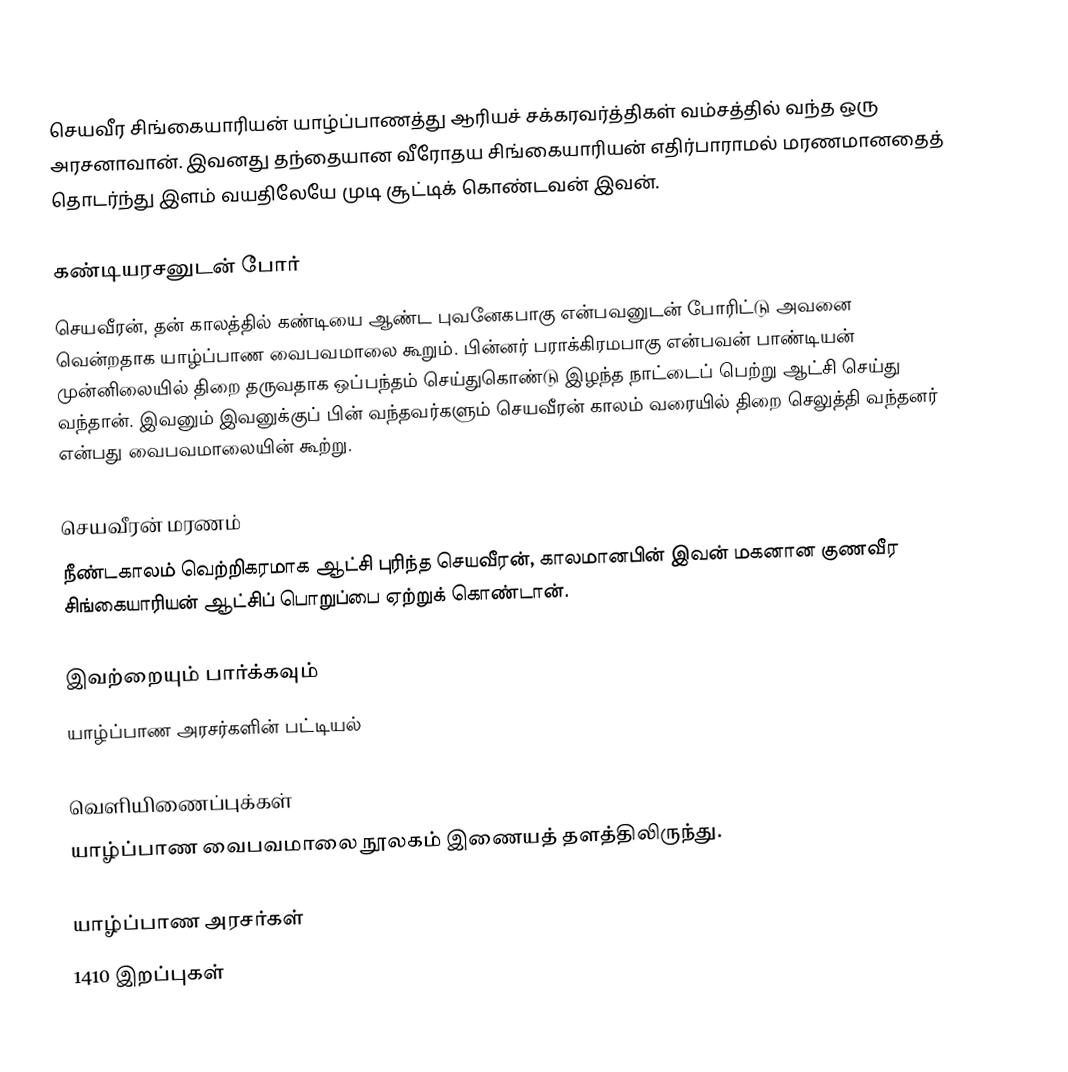
செயவீர சிங்கையாரியன் யாழ்ப்பாணத்து ஆரியச் சக்கரவர்த்திகள் வம்சத்தில் வந்த ஒரு அரசனாவான். இவனது தந்தையான வீரோதய சிங்கையாரியன் எதிர்பாராமல் மரணமானதைத் தொடர்ந்து இளம் வயதிலேயே முடி சூட்டிக் கொண்டவன் இவன்.

கண்டியரசனுடன் போர்
செயவீரன், தன் காலத்தில் கண்டியை ஆண்ட புவனேகபாகு என்பவனுடன் போரிட்டு அவனை வென்றதாக யாழ்ப்பாண வைபவமாலை கூறும். பின்னர் பராக்கிரமபாகு என்பவன் பாண்டியன் முன்னிலையில் திறை தருவதாக ஒப்பந்தம் செய்துகொண்டு இழந்த நாட்டைப் பெற்று ஆட்சி செய்து வந்தான். இவனும் இவனுக்குப் பின் வந்தவர்களும் செயவீரன் காலம் வரையில் திறை செலுத்தி வந்தனர் என்பது வைபவமாலையின் கூற்று.

செயவீரன் மரணம்
நீண்டகாலம் வெற்றிகரமாக ஆட்சி புரிந்த செயவீரன், காலமானபின் இவன் மகனான குணவீர சிங்கையாரியன் ஆட்சிப் பொறுப்பை ஏற்றுக் கொண்டான்.

இவற்றையும் பார்க்கவும்
 யாழ்ப்பாண அரசர்களின் பட்டியல்

வெளியிணைப்புக்கள்
 யாழ்ப்பாண வைபவமாலை  நூலகம் இணையத் தளத்திலிருந்து.

யாழ்ப்பாண அரசர்கள்
1410 இறப்புகள்